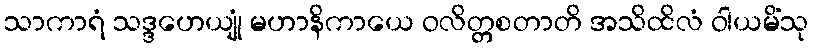
သာကာရံ သဒ္ဒဟေယျုံ မဟာနိကာယေ ဝလိတ္တစတာတိ အသိထိလံ ဝါယမိံသု